Manual of the Civil Veterinary Department, Central Provinces and Berar
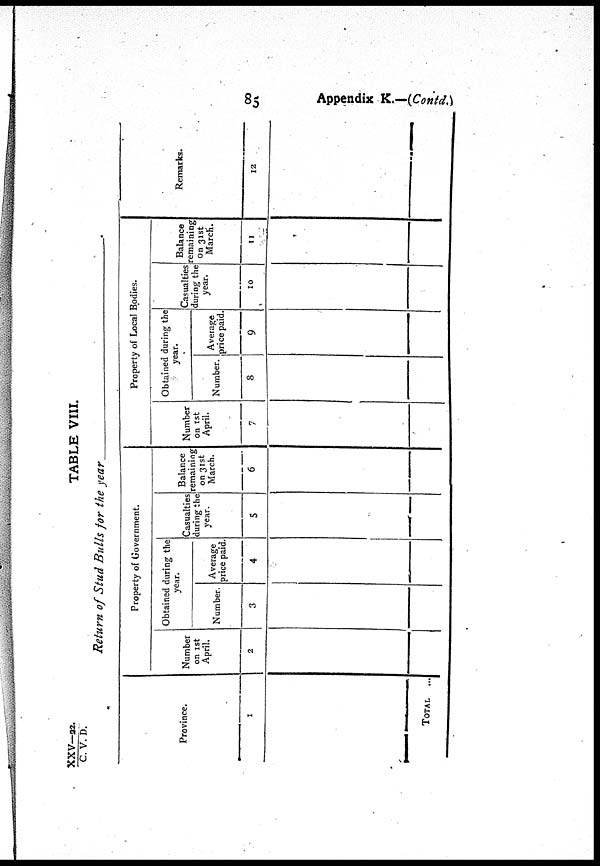
85
Appendix K-—(Contd.)
XXV—22./C.
V.D.
TABLE VIII.
Return of Stud Bulls for the year
Province.
1
TOTAL
...
Property of Government.
Number
on 1st
April.
2
Obtained during the
year.
Number.
3
Average
price paid.
4
Casualties
during the
year.
5
Balance
remaining
on 31st
March.
6
Property of Local Bodies.
Number
on 1st
April.
7
Obtained during the
year.
Number.
8
Average
price paid.
9
Casualties
during the
year.
10
Balance
remaining
on 31st
March.
11
Remarks.
12